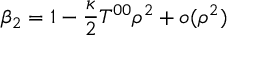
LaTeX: \beta _ { 2 } = 1 - { \frac { \kappa } { 2 } } T ^ { 0 0 } \rho ^ { 2 } + o ( \rho ^ { 2 } )